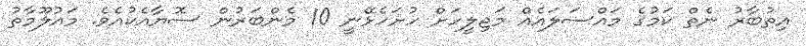
އިތުބާރު ނެތް ކަމުގެ މައްސަލައެއް މަޖިލީހަށް ހުށަހެޅޭނީ 10 މެންބަރުން ސޮޔާއެކުއެވެ. މައުލޫމާތު